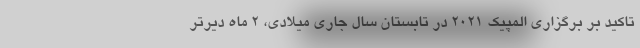
تاکید بر برگزاری المپیک 2021 در تابستان سال جاری میلادی، 2 ماه دیرتر